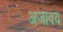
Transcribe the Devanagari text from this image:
अजावय